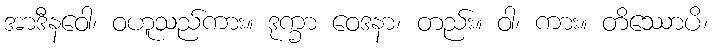
အာဒီနဝေါ၊ ဝဟူသည်ကား။ ဒုက္ခာ ဝေဒနာ၊ တည်း။ ဝါ၊ ကား။ တိဿောပိ၊